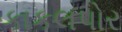
કાકલપોર